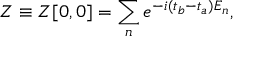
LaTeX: Z \equiv Z [ 0 , 0 ] = \sum _ { n } e ^ { - i ( t _ { b } - t _ { a } ) E _ { n } } ,